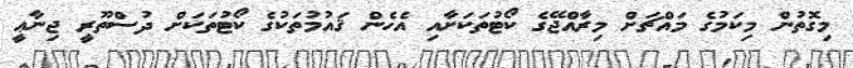
މިގޮތުން މިކަމުގެ މައްޗަށް މިރާއްޖޭގެ ކޯޓުތަކަށާއި އެހެން ޤައުމުތަކުގެ ކޯޓުތަކަށް ދުސްތޫރީ ޖިނާޢީ